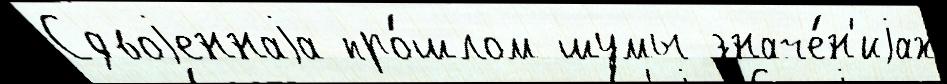
Сдвоjеннаjа про́шлом шумы значе́н'иjах